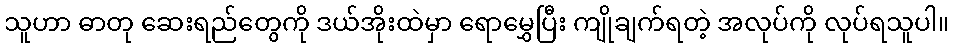
သူဟာ ဓာတု ဆေးရည်တွေကို ဒယ်အိုးထဲမှာ ရောမွှေပြီး ကျိုချက်ရတဲ့ အလုပ်ကို လုပ်ရသူပါ။